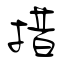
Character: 措